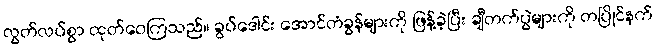
လွတ်လပ်စွာ ထုတ်ဝေကြသည်။ ခွပ်ဒေါင်း အောင်တံခွန်များကို ဖြန့်ခဲ့ပြီး ချီတက်ပွဲများကို တပြိုင်နက်